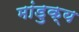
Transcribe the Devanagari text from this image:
मांडुक्य